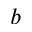
b